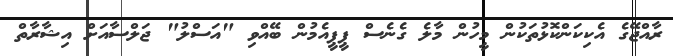
ރާއްޖޭގެ އެކިކަންކޮޅުތަކުން މީހުން މާލެ ގެނެސް ޕީޕީއެމުން ބޭއްވި "އަސްލު" ޖަލްސާއަށް އިޝާރާތް